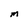
Character: M